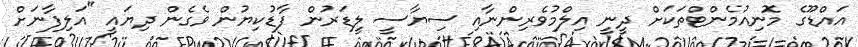
އައްޑޫގެ މޮނިއުމެންޓްތަކަށް ދީނީ އިލްމުވެރިންނާއި ސިޔާސީ ލީޑަރުން ފާޑުކިޔުން ވެގެން ދިޔައީ "އަލިފާނަށް